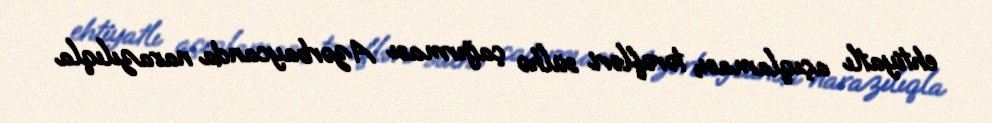
ehtiyatlı açıqlaması, tərəfləri sülhə çağırması Azərbaycanda narazılıqla